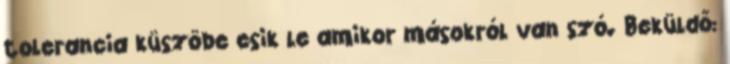
tolerancia küszöbe esik le amikor másokról van szó. Beküldő: